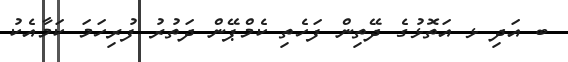
ބ އަދި ޅ އަތޮޅުގެ ދޭތިން ފަހެތި ކެމްޕޭން ދަތުރު ފުރިހަމަ ކަމާއެކު